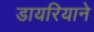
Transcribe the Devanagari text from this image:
डायरियाने